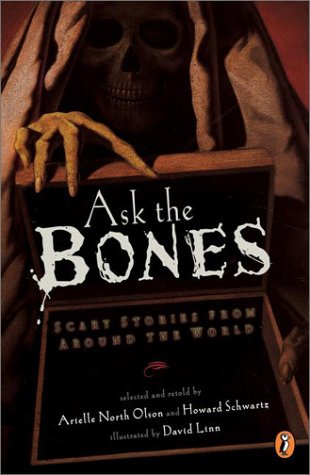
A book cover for Ask the Bones: Scary Stories from Around the World; Children's Books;